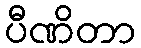
ပီဏိတာ